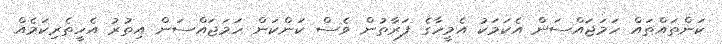
ކަންތައްތައް ހަމަޖައްސަން އެކަމަކު އެމީހާގެ ފަރާތުން ވެސް ކަންކަން ހަމަޖައްސަން އިތުރު އެހީތެރިކަމެއް